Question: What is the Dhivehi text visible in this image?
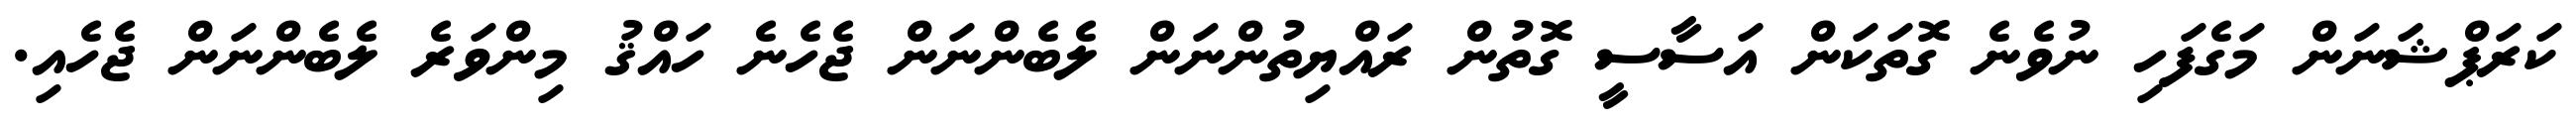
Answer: ކަރަޕްޝަނަން މަގެފަހި ނުވެނެ ގޮތަކަން އަސާސީ ގޮތުން ރައްޔިތުންނަން ލެބެންނަން ޖެހެނެ ހައްޤު މިންވަރެ ލެބެންނަން ޖެހެއި.